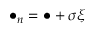
\bullet _ { n } = \bullet + \sigma \xi